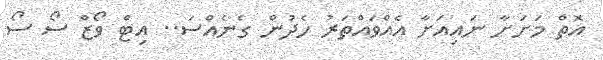
އޮތް މަށަށާ ނައިއަށާ އެއްވައްތަރު ހެދުން ގެނެއްސަ.. އިޓް ވޯޒް ސޯ ސޯ